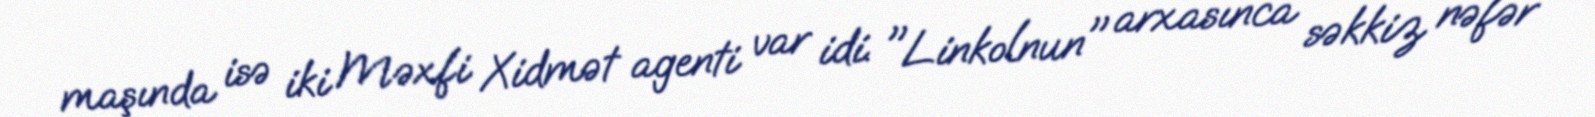
maşında isə iki Məxfi Xidmət agenti var idi. "Linkolnun" arxasınca səkkiz nəfər